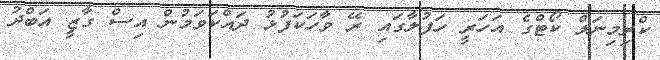
ކްރިމިނަލް ކޯޓްގެ އަހަރީ ހަފުލާގައި ރޭ ވާހަކަފުޅު ދައްކަވަމުން އިސް ގާޒީ އަބްދު